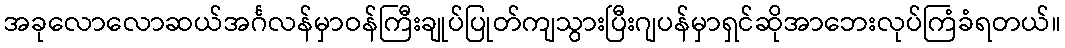
အခုလောလောဆယ်အင်္ဂလန်မှာဝန်ကြီးချုပ်ပြုတ်ကျသွားပြီးဂျပန်မှာရှင်ဆိုအာဘေးလုပ်ကြံခံရတယ်။